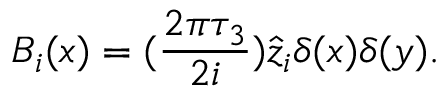
B _ { i } ( x ) = ( \frac { 2 \pi \tau _ { 3 } } { 2 i } ) \hat { z } _ { i } \delta ( x ) \delta ( y ) .